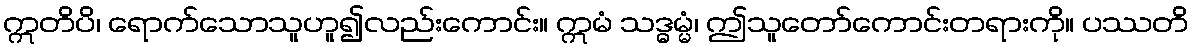
ဣတိပိ၊ ရောက်သောသူဟူ၍လည်းကောင်း။ ဣမံ သဒ္ဓမ္မံ၊ ဤသူတော်ကောင်းတရားကို။ ပဿတိ